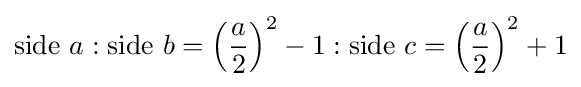
{\text{side }}a:{\text{side }}b=\left({a \over 2}\right)^{2}-1:{\text{side }}c=\left({a \over 2}\right)^{2}+1